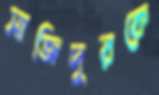
সাজিদুরকে